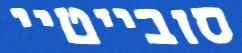
סובייטיי